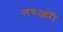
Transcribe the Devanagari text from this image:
लरुआरी